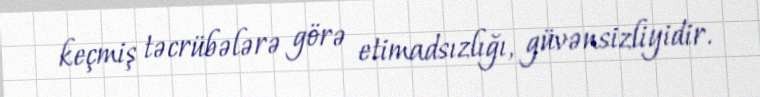
keçmiş təcrübələrə görə etimadsızlığı, güvənsizliyidir.